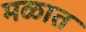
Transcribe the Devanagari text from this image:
मळात